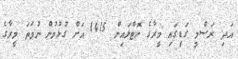
އަދި ރަސްމީ ގަޑީގައި މީރާގެ ހޮޓްލައިން 1415 އަށް ގުޅުމުން ނުވަތަ މީރާގެ